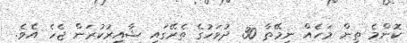
ކޮންމެ ތިން މަހެއް ނިމޭތާ 30 ދުވަހުގެ ތެރޭގައި ޝާއިރުކުރަން ޖެހެ އެވެ.